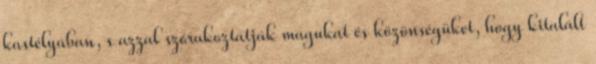
kastélyában, s azzal szórakoztatják magukat és közönségüket, hogy kitalált